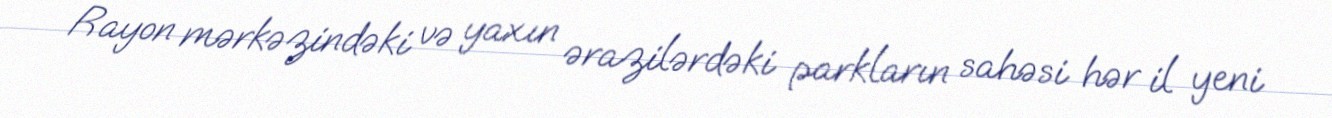
Rayon mərkəzindəki və yaxın ərazilərdəki parkların sahəsi hər il yeni